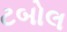
ટબોલ